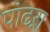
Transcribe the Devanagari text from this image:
पांढऱा